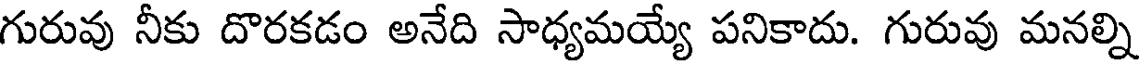
గురువు నీకు దొరకడం అనేది సాధ్యమయ్యే పనికాదు. గురువు మనల్ని